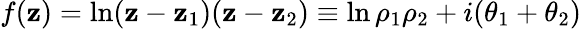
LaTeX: f(\mathbf{z})=\ln(\mathbf{z}-\mathbf{z}_{1})(\mathbf{z}-\mathbf{z}_{2})\equiv\ln\rho_{1}\rho_{2}+i(\theta_{1}+\theta_{2})